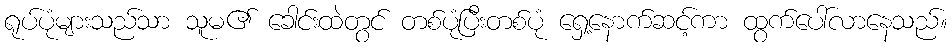
ရုပ်ပုံများသည်သာ သူမ၏ ခေါင်းထဲတွင် တစ်ပုံပြီးတစ်ပုံ ရှေ့နောက်ဆင့်ကာ ထွက်ပေါ်လာနေသည်။